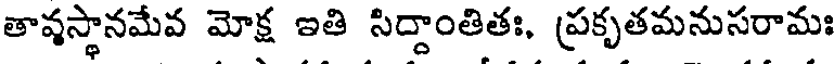
తావస్థానమేవ మోక్ష ఇతి సిద్దాంతితః, ప్రకృతమనుసరామః